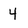
Character: 4